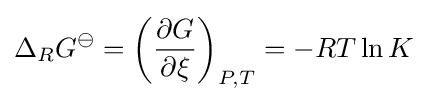
\Delta _{R}G^{\ominus }=\left({\frac {\partial G}{\partial \xi }}\right)_{P,T}=-RT\ln K